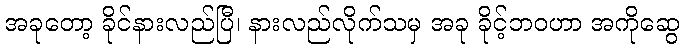
အခုတော့ ခိုင်နားလည်ပြီ၊ နားလည်လိုက်သမှ အခု ခိုင့်ဘဝဟာ အကိုဆွေ